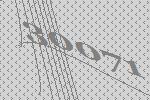
30071